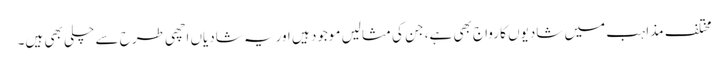
مختلف مذاہب میں شادیوں کا رواج بھی ہے، جن کی مثالیں موجود ہیں اوریہ شادیاں اچھی طرح سے چلی بھی ہیں۔